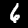
Digit: 6